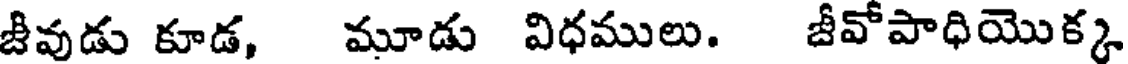
జివుడు కూడ, మూడు విధములు. జీవోపాధియొక్క